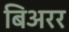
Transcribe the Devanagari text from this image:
बिअरर